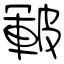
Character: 皸